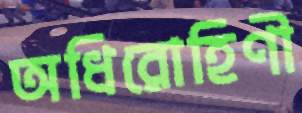
অধিরোহিণী